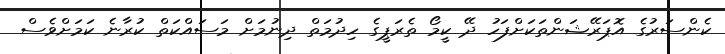
ކެންސަރުގެ އޮޕަރޭޝަންތަކަށްފަހު ދޭ ކީމޯ ތެރަޕީގެ ހިދުމަތް ދިނުމަށް މަަސައްކަތް ކުރާނެ ކަމަށްވެސް